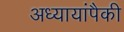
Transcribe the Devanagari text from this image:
अध्यायांपैकी